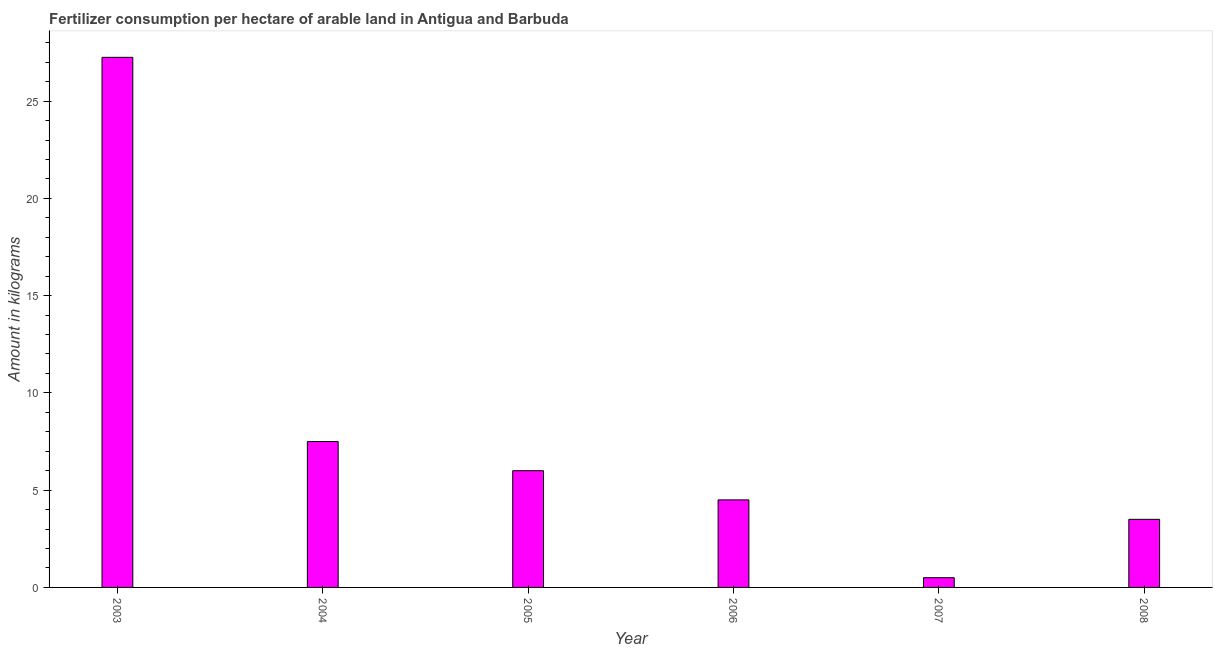
| Year | Fertilizer consumption |
 | --- | --- |
 | 2003 | 27.2 |
 | 2004 | 7.5 |
 | 2005 | 6 |
 | 2006 | 4.5 |
 | 2007 | 0.5 |
 | 2008 | 3.5 |